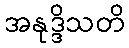
အနုဒ္ဒိသတိ